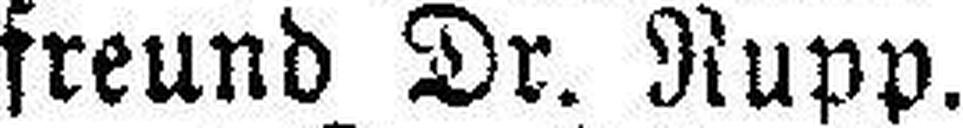
freund Dr. Rupp.